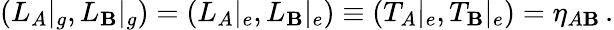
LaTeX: (L_{A}|_{g},L_{\mathbf{B}}|_{g})=(L_{A}|_{e},L_{\mathbf{B}}|_{e})\equiv(T_{A}|_{e},T_{\mathbf{B}}|_{e})=\eta_{A\mathbf{B}}\, .